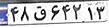
۴۸ق۶۴۲۱۳